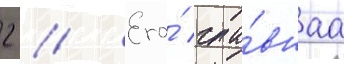
2 // Его́ гла́внаа